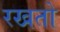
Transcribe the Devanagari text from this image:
रखतो